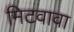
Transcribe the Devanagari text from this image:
मिटवावा